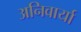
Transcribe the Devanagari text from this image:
अनिवार्या